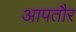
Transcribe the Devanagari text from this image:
आपतौर